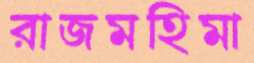
রাজমহিমা